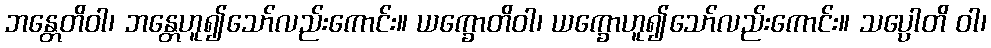
ဘန္တေတိဝါ၊ ဘန္တေဟူ၍သော်လည်းကောင်း။ ယက္ခောတိဝါ၊ ယက္ခောဟူ၍သော်လည်းကောင်း။ သပ္ပေါတိ ဝါ၊